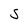
Character: J